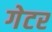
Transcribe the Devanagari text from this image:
गेटर